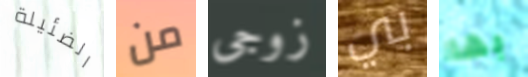
الضئيلة من زوجى بي بها